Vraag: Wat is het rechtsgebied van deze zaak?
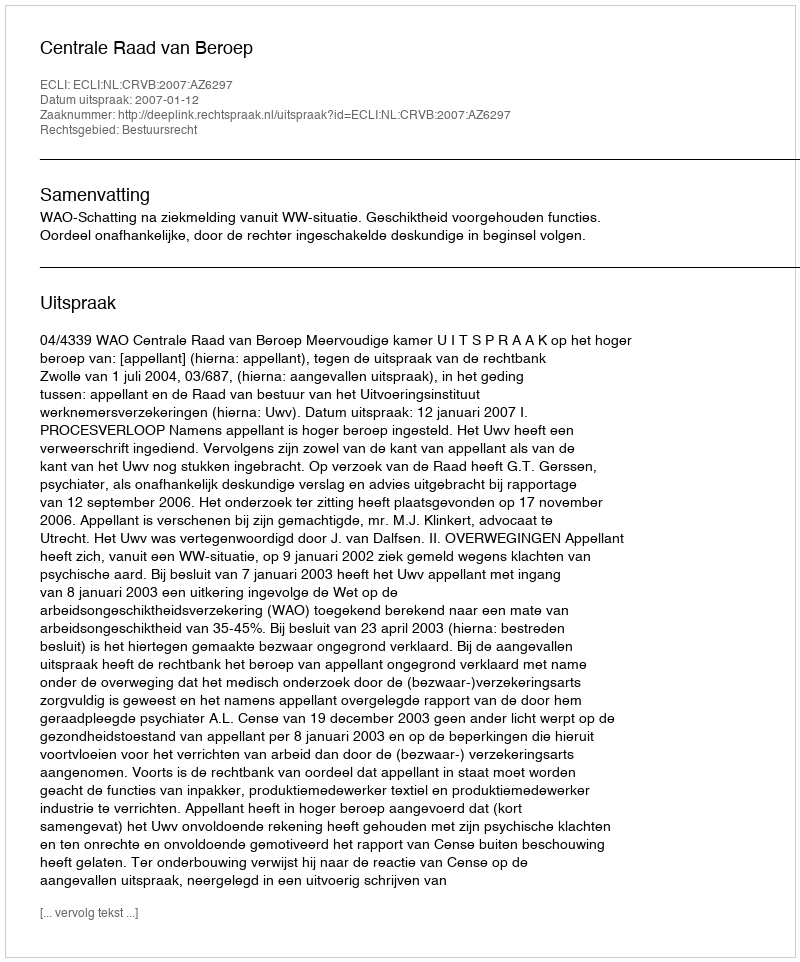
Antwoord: Bestuursrecht